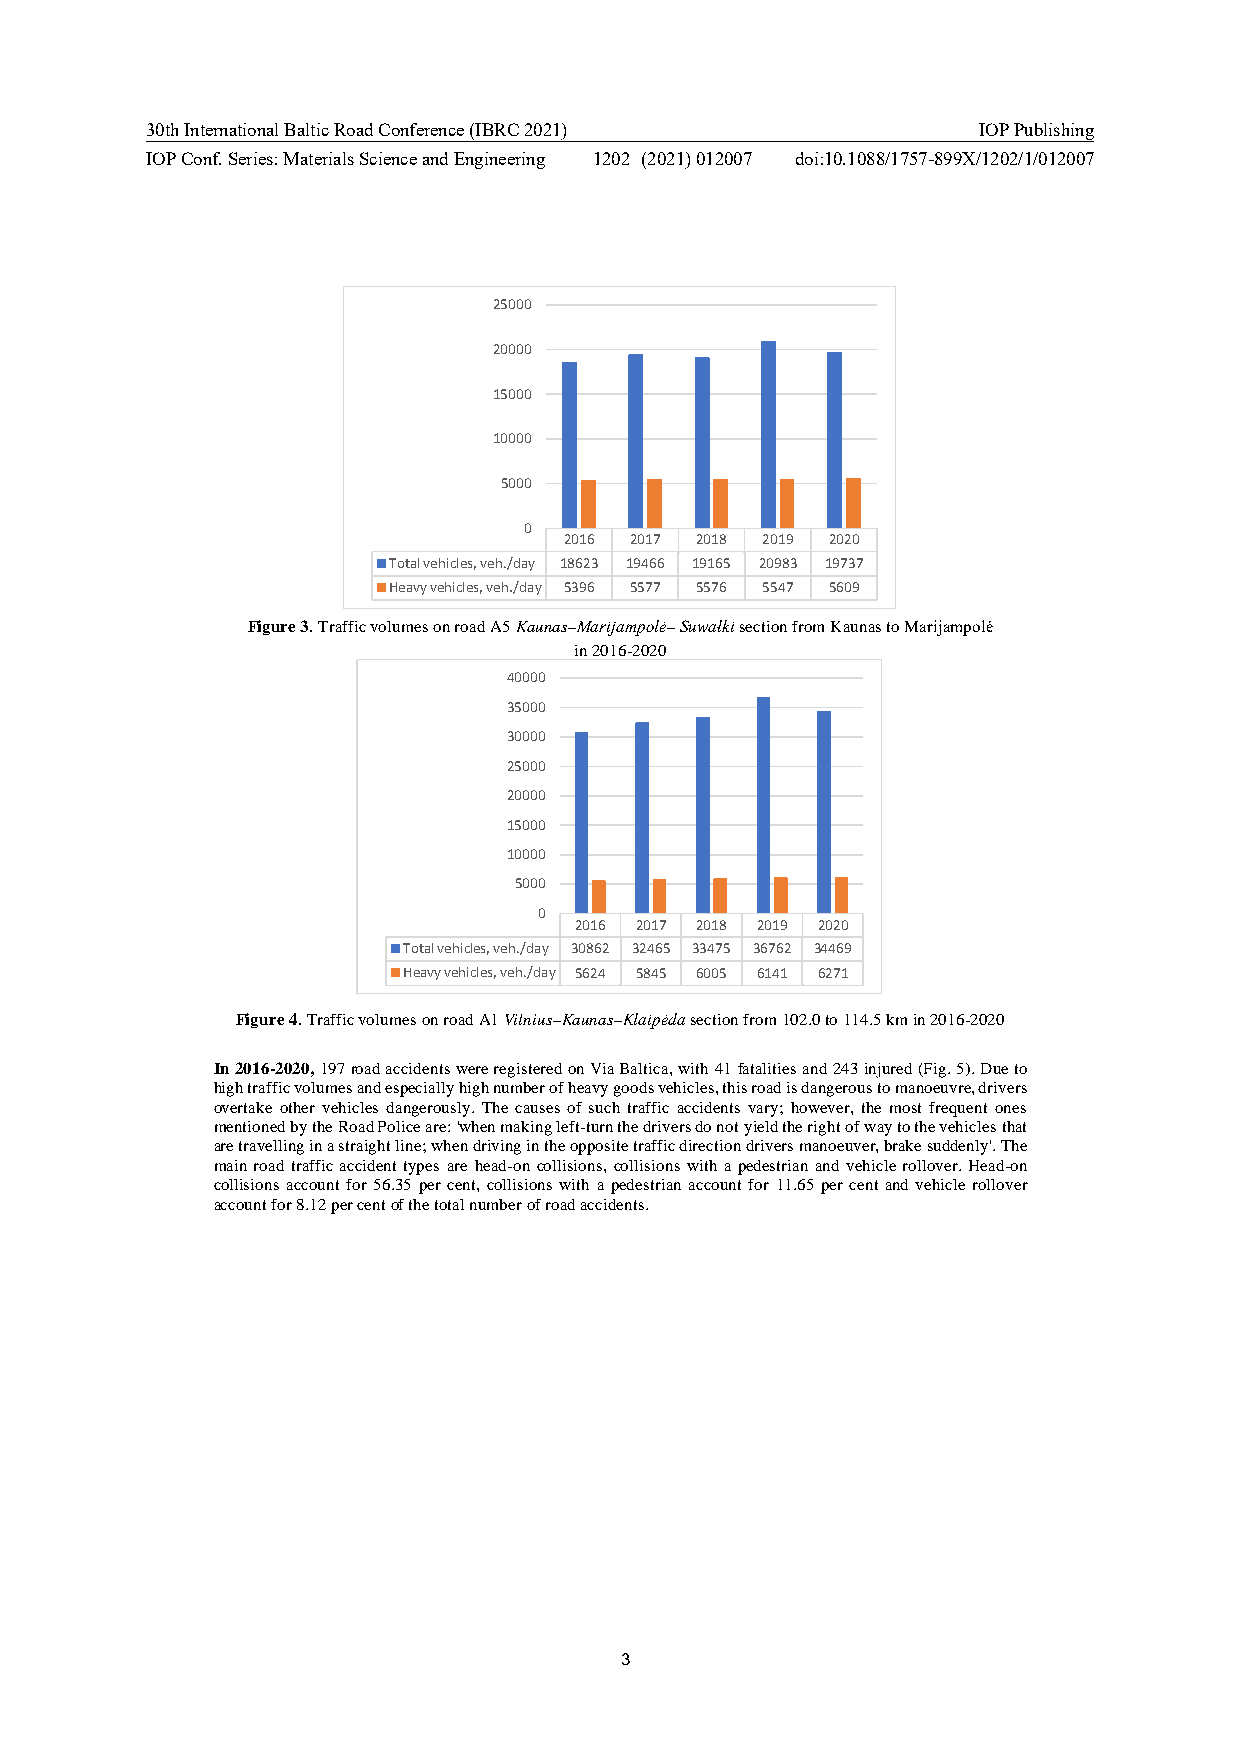
30th International Baltic Road Conference (IBRC 2021)  IOP Publishing
 IOP Conf. Series: Materials Science and Engineering 1202 (2021) 012007 doi:10.1088/1757-899X/1202/1/012007
 25000
 20000
 15000
 10000
 5000
 0
 2016 2017 2018 2019 2020
 Total vehicles, veh./day 18623 19466 19165 20983 19737
 Heavy vehicles, veh./day 5396 5577 5576 5547 5609
 Figure 3. Traffic volumes on road A5 Kaunas–Marijampolė– Suwałki section from Kaunas to Marijampolė
 in 2016-2020
 40000
 35000
 30000
 25000
 20000
 15000
 10000
 5000
 0
 2016 2017 2018 2019 2020
 Total vehicles, veh./day 30862 32465 33475 36762 34469
 Heavy vehicles, veh./day 5624 5845 6005 6141 6271
 Figure 4. Traffic volumes on road A1 Vilnius–Kaunas–Klaipėda section from 102.0 to 114.5 km in 2016-2020
 In 2016-2020, 197 road accidents were registered on Via Baltica, with 41 fatalities and 243 injured (Fig. 5). Due to
 high traffic volumes and especially high number of heavy goods vehicles, this road is dangerous to manoeuvre, drivers
 overtake other vehicles dangerously. The causes of such traffic accidents vary; however, the most frequent ones
 mentioned by the Road Police are: 'when making left-turn the drivers do not yield the right of way to the vehicles that
 are travelling in a straight line; when driving in the opposite traffic direction drivers manoeuver, brake suddenly'. The
 main road traffic accident types are head-on collisions, collisions with a pedestrian and vehicle rollover. Head-on
 collisions account for 56.35 per cent, collisions with a pedestrian account for 11.65 per cent and vehicle rollover
 account for 8.12 per cent of the total number of road accidents.
 3